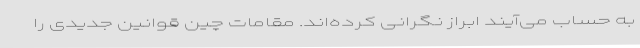
به حساب می‌آیند ابراز نگرانی کرده‌اند. مقامات چین قوانین جدیدی را